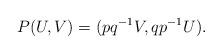
LaTeX: \begin{align*} P(U,V)=(pq^{-1}V, qp^{-1}U).\end{align*}